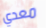
معدي